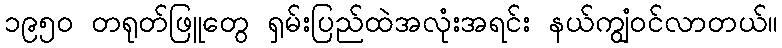
၁၉၅၀ တရုတ်ဖြူတွေ ရှမ်းပြည်ထဲအလုံးအရင်း နယ်ကျွံဝင်လာတယ်။